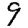
Digit: 9